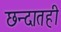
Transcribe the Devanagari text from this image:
छन्दातही